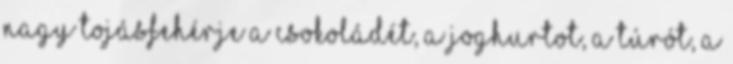
nagy tojásfehérje A csokoládét, a joghurtot, a túrót, a